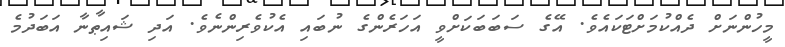
މީހުންނަށް ދެއްކުމަށްޓަކައެވެ. އޭގެ ސަބަބަކަށްވީ އަހަރެންގެ ނުބައި އެކުވެރިންނެވެ. އަދި ޝައިޠާނާ އަބަދުމެ